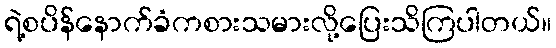
ရဲ့စပိန်နောက်ခံကစားသမားလို့ပြေးသိကြပါတယ်။